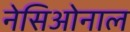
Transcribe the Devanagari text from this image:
नेसिओनाल